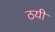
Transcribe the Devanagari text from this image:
ठयी